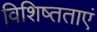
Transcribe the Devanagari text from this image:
विशिष्तताएं